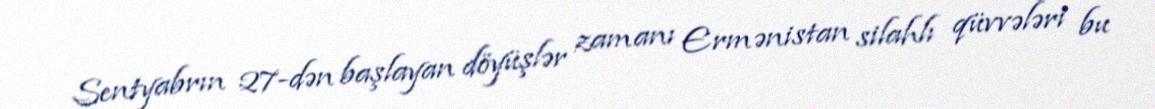
Sentyabrın 27-dən başlayan döyüşlər zamanı Ermənistan silahlı qüvvələri bu